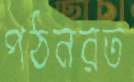
পঠনরত